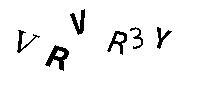
VRVR3Y